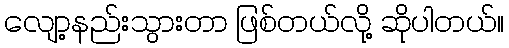
လျော့နည်းသွားတာ ဖြစ်တယ်လို့ ဆိုပါတယ်။